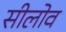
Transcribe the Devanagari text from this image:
सीलोव